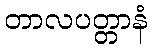
တာလပတ္တာနံ